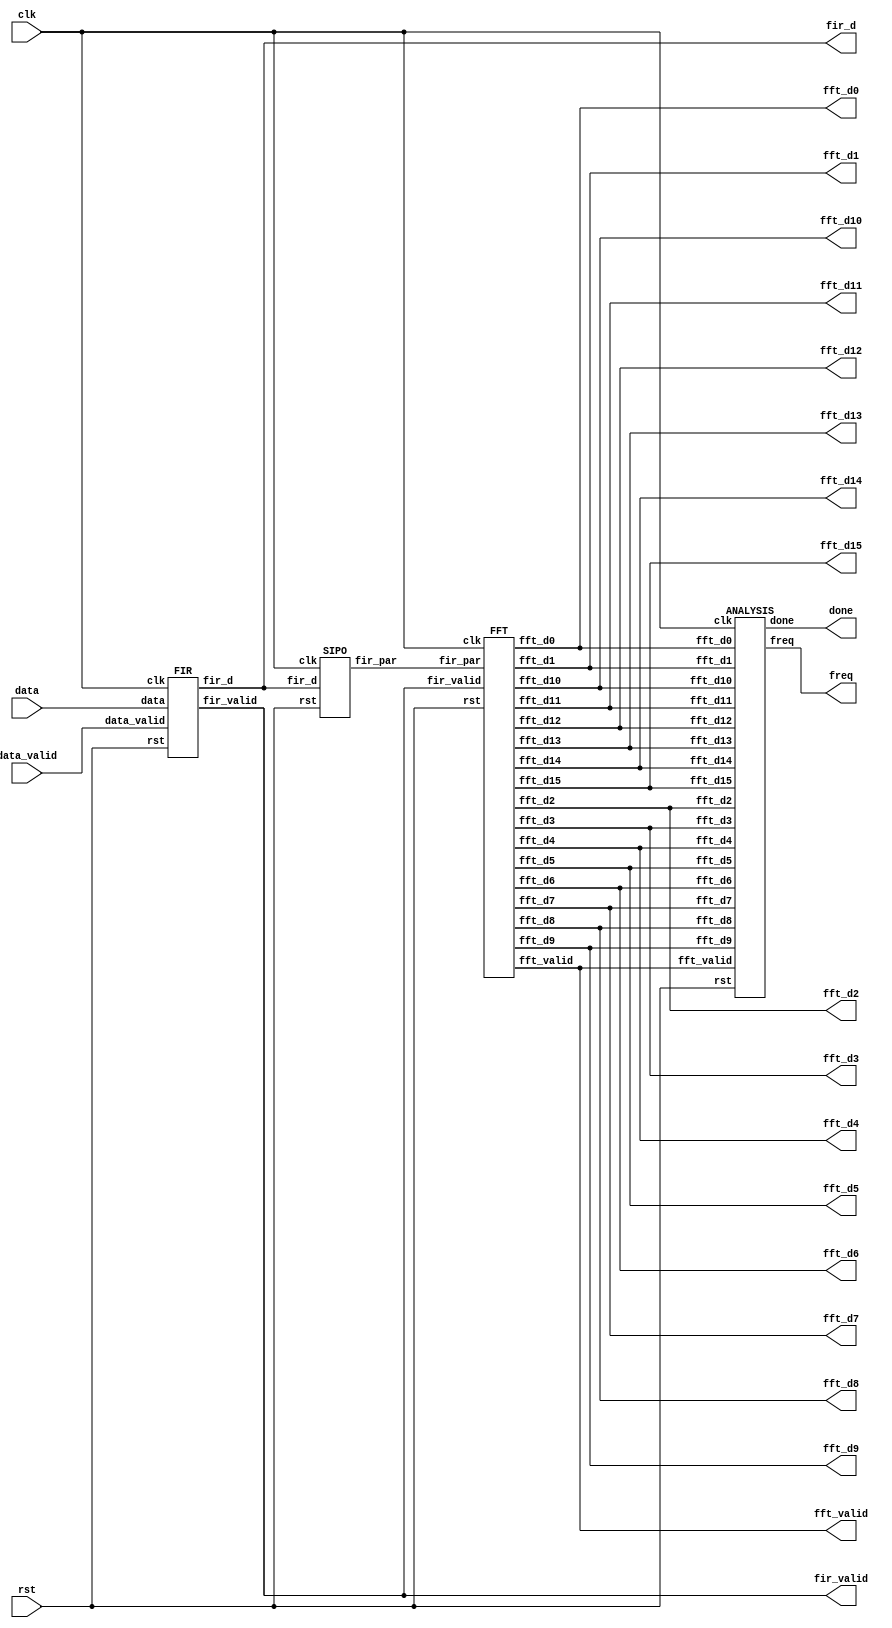
module  FAS (data_valid, data, clk, rst, fir_d, fir_valid, fft_valid, done, freq,
 fft_d1, fft_d2, fft_d3, fft_d4, fft_d5, fft_d6, fft_d7, fft_d8,
 fft_d9, fft_d10, fft_d11, fft_d12, fft_d13, fft_d14, fft_d15, fft_d0);
    input clk, rst;
    input data_valid;
    input signed [15:0]data; 

    output fir_valid, fft_valid;
    output signed [15:0]fir_d;
    output signed [31:0]fft_d1, fft_d2, fft_d3, fft_d4, fft_d5, fft_d6, fft_d7, fft_d8;
    output signed [31:0]fft_d9, fft_d10, fft_d11, fft_d12, fft_d13, fft_d14, fft_d15, fft_d0;
    output done;
    output [3:0] freq;

    wire    [255:0] fir_par;

    FIR fir(.clk(clk), .rst(rst), .data(data), .data_valid(data_valid),
            .fir_d(fir_d), .fir_valid(fir_valid));

    SIPO sipo(.clk(clk), .rst(rst), .fir_d(fir_d), .fir_par(fir_par));


    FFT fft(.clk(clk), .rst(rst), .fir_valid(fir_valid), .fir_par(fir_par), .fft_valid(fft_valid), .fft_d1(fft_d1), .fft_d2(fft_d2), .fft_d3(fft_d3), .fft_d4(fft_d4), .fft_d5(fft_d5), .fft_d6(fft_d6), .fft_d7(fft_d7), .fft_d8(fft_d8),
            .fft_d9(fft_d9), .fft_d10(fft_d10), .fft_d11(fft_d11), .fft_d12(fft_d12), .fft_d13(fft_d13), .fft_d14(fft_d14), .fft_d15(fft_d15), .fft_d0(fft_d0));

    ANALYSIS analysis(.clk(clk), .rst(rst), .fft_valid(fft_valid), .fft_d1(fft_d1), .fft_d2(fft_d2), .fft_d3(fft_d3), .fft_d4(fft_d4), .fft_d5(fft_d5), .fft_d6(fft_d6), .fft_d7(fft_d7), .fft_d8(fft_d8),
            .fft_d9(fft_d9), .fft_d10(fft_d10), .fft_d11(fft_d11), .fft_d12(fft_d12), .fft_d13(fft_d13), .fft_d14(fft_d14), .fft_d15(fft_d15), .fft_d0(fft_d0), 
            .done(done), .freq(freq));

endmodule

module ANALYSIS(clk, rst, fft_valid, fft_d1, fft_d2, fft_d3, fft_d4, fft_d5, fft_d6, fft_d7, fft_d8,
            fft_d9, fft_d10, fft_d11, fft_d12, fft_d13, fft_d14, fft_d15, fft_d0, done, freq);
    input                   clk, rst, fft_valid;
    input   signed  [31:0]  fft_d1, fft_d2, fft_d3, fft_d4, fft_d5, fft_d6, fft_d7, fft_d8;
    input   signed  [31:0]  fft_d9, fft_d10, fft_d11, fft_d12, fft_d13, fft_d14, fft_d15, fft_d0;

    output  reg             done;
    output  reg     [3:0]   freq;

    wire            [32:0]  comp_1st[0:7];
    wire            [33:0]  comp_2nd[0:3];
    wire            [34:0]  comp_3rd[0:1];
    wire            [3:0]   freq_nxt;

    reg     signed  [31:0]  fft_d[0:15];
    reg             [31:0]  fft_sqr_real_nxt[0:15];
    reg             [31:0]  fft_sqr_real[0:15];
    reg             [31:0]  fft_sqr_imag_nxt[0:15];
    reg             [31:0]  fft_sqr_imag[0:15];
    reg             [31:0]  fft_add[0:15];
    reg                     valid_1;

    integer                 i;

    assign comp_1st[0] = (fft_add[0 ]>=fft_add[1 ])? {fft_add[0 ],1'b0} : {fft_add[1 ],1'b1};   // compare 0  >= 1 
    assign comp_1st[1] = (fft_add[2 ]>=fft_add[3 ])? {fft_add[2 ],1'b0} : {fft_add[3 ],1'b1};   // compare 2  >= 3 
    assign comp_1st[2] = (fft_add[4 ]>=fft_add[5 ])? {fft_add[4 ],1'b0} : {fft_add[5 ],1'b1};   // compare 4  >= 5 
    assign comp_1st[3] = (fft_add[6 ]>=fft_add[7 ])? {fft_add[6 ],1'b0} : {fft_add[7 ],1'b1};   // compare 6  >= 7 
    assign comp_1st[4] = (fft_add[8 ]>=fft_add[9 ])? {fft_add[8 ],1'b0} : {fft_add[9 ],1'b1};   // compare 8  >= 9 
    assign comp_1st[5] = (fft_add[10]>=fft_add[11])? {fft_add[10],1'b0} : {fft_add[11],1'b1};   // compare 10 >= 11
    assign comp_1st[6] = (fft_add[12]>=fft_add[13])? {fft_add[12],1'b0} : {fft_add[13],1'b1};   // compare 12 >= 13
    assign comp_1st[7] = (fft_add[14]>=fft_add[15])? {fft_add[14],1'b0} : {fft_add[15],1'b1};   // compare 14 >= 15

    assign comp_2nd[0] = (comp_1st[0]>=comp_1st[1])? {comp_1st[0],1'b0} : {comp_1st[1],1'b1};     // compare 0 ,1  >= 2 ,3
    assign comp_2nd[1] = (comp_1st[2]>=comp_1st[3])? {comp_1st[2],1'b0} : {comp_1st[3],1'b1};     // compare 4 ,5  >= 6 ,7
    assign comp_2nd[2] = (comp_1st[4]>=comp_1st[5])? {comp_1st[4],1'b0} : {comp_1st[5],1'b1};     // compare 8 ,9  >= 10,11
    assign comp_2nd[3] = (comp_1st[6]>=comp_1st[7])? {comp_1st[6],1'b0} : {comp_1st[7],1'b1};     // compare 12,13 >= 14,15

    assign comp_3rd[0] = (comp_2nd[0]>=comp_2nd[1])? {comp_2nd[0],1'b0} : {comp_2nd[1],1'b1};   //compare 0,1,2,3 >= 4,5,6,7
    assign comp_3rd[1] = (comp_2nd[2]>=comp_2nd[3])? {comp_2nd[2],1'b0} : {comp_2nd[3],1'b1};   //compare 8,9,10,11 >= 12,13,14,15

    assign freq_nxt = (comp_3rd[0]>=comp_3rd[1])? {1'b0,comp_3rd[0][0],comp_3rd[0][1],comp_3rd[0][2]} 
                                                            : {1'b1,comp_3rd[1][0],comp_3rd[1][1],comp_3rd[1][2]};

    always @(*) begin
        fft_d[0 ] = fft_d0 ;
        fft_d[1 ] = fft_d1 ;
        fft_d[2 ] = fft_d2 ;
        fft_d[3 ] = fft_d3 ;
        fft_d[4 ] = fft_d4 ;
        fft_d[5 ] = fft_d5 ;
        fft_d[6 ] = fft_d6 ;
        fft_d[7 ] = fft_d7 ;
        fft_d[8 ] = fft_d8 ;
        fft_d[9 ] = fft_d9 ;
        fft_d[10] = fft_d10;
        fft_d[11] = fft_d11;
        fft_d[12] = fft_d12;
        fft_d[13] = fft_d13;
        fft_d[14] = fft_d14;
        fft_d[15] = fft_d15;
    end

    always @(*) begin
        for (i=0; i<16; i=i+1) begin
            fft_sqr_real_nxt[i] = {{16{fft_d[i][31]}},fft_d[i][31:16]}*{{16{fft_d[i][31]}},fft_d[i][31:16]};
            fft_sqr_imag_nxt[i] = {{16{fft_d[i][15]}},fft_d[i][15:0 ]}*{{16{fft_d[i][15]}},fft_d[i][15:0 ]};
            fft_add[i] = fft_sqr_real[i] + fft_sqr_imag[i];
        end
    end

    always @(posedge clk or posedge rst) begin
        if (rst) begin
            done <= 0;
            freq <= 0;
            valid_1 <=0;
            for (i=0; i<16; i=i+1) begin
                fft_sqr_real[i] <= 0;
                fft_sqr_imag[i] <= 0;
            end
        end
        else begin
            done <= valid_1;
            freq <= freq_nxt;
            valid_1 <= fft_valid;
            for (i=0; i<16; i=i+1) begin
                fft_sqr_real[i] <= fft_sqr_real_nxt[i][31:0];
                fft_sqr_imag[i] <= fft_sqr_imag_nxt[i][31:0];
            end
        end
    end
endmodule

module FFT(clk, rst, fir_valid, fir_par, fft_valid, fft_d1, fft_d2, fft_d3, fft_d4, fft_d5, fft_d6, fft_d7, fft_d8,
            fft_d9, fft_d10, fft_d11, fft_d12, fft_d13, fft_d14, fft_d15, fft_d0);
    input                   clk, rst, fir_valid;
    input           [255:0] fir_par;

    output  reg                 fft_valid;
    output  reg signed  [31:0]  fft_d1, fft_d2, fft_d3, fft_d4, fft_d5, fft_d6, fft_d7, fft_d8;
    output  reg signed  [31:0]  fft_d9, fft_d10, fft_d11, fft_d12, fft_d13, fft_d14, fft_d15, fft_d0;
    
    wire    signed  [15:0]  y[0:15];
    wire    signed  [47:0]  fft_1_real_nxt[0:15];
    wire    signed  [47:0]  fft_1_imag_nxt[8:15];
    wire    signed  [63:0]  fft_2_real_nxt[0:15];
    wire    signed  [63:0]  fft_2_imag_nxt[4:15];
    wire    signed  [63:0]  fft_3_real_nxt[0:15];
    wire    signed  [63:0]  fft_3_imag_nxt[2:15];
    wire    signed  [63:0]  fft_4_real_nxt[0:15];
    wire    signed  [63:0]  fft_4_imag_nxt[1:15];

    reg             [3:0]   counter_nxt;
    reg             [3:0]   counter;
    reg                     valid_1, valid_2, valid_3, valid_4;
    reg     signed  [31:0]  fft_1_real[0:15];
    reg     signed  [31:0]  fft_1_imag[8:15];
    reg     signed  [31:0]  fft_2_real[0:15];
    reg     signed  [31:0]  fft_2_imag[4:15];
    reg     signed  [31:0]  fft_3_real[0:15];
    reg     signed  [31:0]  fft_3_imag[2:15];

    integer                 i;

    parameter signed [31:0] W0_R = 32'h00010000;      //The real part of the reference table about COS(x)+i*SIN(x) value , 0: 001
    parameter signed [31:0] W1_R = 32'h0000EC83;      //The real part of the reference table about COS(x)+i*SIN(x) value , 1: 9.238739e-001
    parameter signed [31:0] W2_R = 32'h0000B504;      //The real part of the reference table about COS(x)+i*SIN(x) value , 2: 7.070923e-001
    parameter signed [31:0] W3_R = 32'h000061F7;      //The real part of the reference table about COS(x)+i*SIN(x) value , 3: 3.826752e-001
    parameter signed [31:0] W4_R = 32'h00000000;      //The real part of the reference table about COS(x)+i*SIN(x) value , 4: 000
    parameter signed [31:0] W5_R = 32'hFFFF9E09;      //The real part of the reference table about COS(x)+i*SIN(x) value , 5: -3.826752e-001
    parameter signed [31:0] W6_R = 32'hFFFF4AFC;      //The real part of the reference table about COS(x)+i*SIN(x) value , 6: -7.070923e-001
    parameter signed [31:0] W7_R = 32'hFFFF137D;      //The real part of the reference table about COS(x)+i*SIN(x) value , 7: -9.238739e-001

    parameter signed [31:0] W0_I = 32'h00000000;      //The imag part of the reference table about COS(x)+i*SIN(x) value , 0: 000
    parameter signed [31:0] W1_I = 32'hFFFF9E09;      //The imag part of the reference table about COS(x)+i*SIN(x) value , 1: -3.826752e-001
    parameter signed [31:0] W2_I = 32'hFFFF4AFC;      //The imag part of the reference table about COS(x)+i*SIN(x) value , 2: -7.070923e-001
    parameter signed [31:0] W3_I = 32'hFFFF137D;      //The imag part of the reference table about COS(x)+i*SIN(x) value , 3: -9.238739e-001
    parameter signed [31:0] W4_I = 32'hFFFF0000;      //The imag part of the reference table about COS(x)+i*SIN(x) value , 4: -01
    parameter signed [31:0] W5_I = 32'hFFFF137D;      //The imag part of the reference table about COS(x)+i*SIN(x) value , 5: -9.238739e-001
    parameter signed [31:0] W6_I = 32'hFFFF4AFC;      //The imag part of the reference table about COS(x)+i*SIN(x) value , 6: -7.070923e-001
    parameter signed [31:0] W7_I = 32'hFFFF9E09;      //The imag part of the reference table about COS(x)+i*SIN(x) value , 7: -3.826752e-001

    assign y[0 ] = fir_par[15 :0  ];
    assign y[1 ] = fir_par[31 :16 ];
    assign y[2 ] = fir_par[47 :32 ];
    assign y[3 ] = fir_par[63 :48 ];
    assign y[4 ] = fir_par[79 :64 ];
    assign y[5 ] = fir_par[95 :80 ];
    assign y[6 ] = fir_par[111:96 ];
    assign y[7 ] = fir_par[127:112];
    assign y[8 ] = fir_par[143:128];
    assign y[9 ] = fir_par[159:144];
    assign y[10] = fir_par[175:160];
    assign y[11] = fir_par[191:176];
    assign y[12] = fir_par[207:192];
    assign y[13] = fir_par[223:208];
    assign y[14] = fir_par[239:224];
    assign y[15] = fir_par[255:240];

    // stage 1
    assign fft_1_real_nxt[0 ] = y[0 ]+y[8 ];
    assign fft_1_real_nxt[1 ] = y[1 ]+y[9 ];
    assign fft_1_real_nxt[2 ] = y[2 ]+y[10];
    assign fft_1_real_nxt[3 ] = y[3 ]+y[11];
    assign fft_1_real_nxt[4 ] = y[4 ]+y[12];
    assign fft_1_real_nxt[5 ] = y[5 ]+y[13];
    assign fft_1_real_nxt[6 ] = y[6 ]+y[14];
    assign fft_1_real_nxt[7 ] = y[7 ]+y[15];    

    assign fft_1_real_nxt[8 ] = (y[0 ]-y[8 ])*W0_R;
    assign fft_1_real_nxt[9 ] = (y[1 ]-y[9 ])*W1_R;
    assign fft_1_real_nxt[10] = (y[2 ]-y[10])*W2_R;
    assign fft_1_real_nxt[11] = (y[3 ]-y[11])*W3_R;
    assign fft_1_real_nxt[12] = (y[4 ]-y[12])*W4_R;
    assign fft_1_real_nxt[13] = (y[5 ]-y[13])*W5_R;
    assign fft_1_real_nxt[14] = (y[6 ]-y[14])*W6_R;
    assign fft_1_real_nxt[15] = (y[7 ]-y[15])*W7_R;
    assign fft_1_imag_nxt[8 ] = (y[0 ]-y[8 ])*W0_I;
    assign fft_1_imag_nxt[9 ] = (y[1 ]-y[9 ])*W1_I;
    assign fft_1_imag_nxt[10] = (y[2 ]-y[10])*W2_I;
    assign fft_1_imag_nxt[11] = (y[3 ]-y[11])*W3_I;
    assign fft_1_imag_nxt[12] = (y[4 ]-y[12])*W4_I;
    assign fft_1_imag_nxt[13] = (y[5 ]-y[13])*W5_I;
    assign fft_1_imag_nxt[14] = (y[6 ]-y[14])*W6_I;
    assign fft_1_imag_nxt[15] = (y[7 ]-y[15])*W7_I;

    // stage 2
    assign fft_2_real_nxt[0 ] = fft_1_real[0 ]+fft_1_real[4 ];
    assign fft_2_real_nxt[1 ] = fft_1_real[1 ]+fft_1_real[5 ];
    assign fft_2_real_nxt[2 ] = fft_1_real[2 ]+fft_1_real[6 ];
    assign fft_2_real_nxt[3 ] = fft_1_real[3 ]+fft_1_real[7 ];

    assign fft_2_real_nxt[4 ] = (fft_1_real[0 ]-fft_1_real[4 ])*W0_R;
    assign fft_2_real_nxt[5 ] = (fft_1_real[1 ]-fft_1_real[5 ])*W2_R;
    assign fft_2_real_nxt[6 ] = (fft_1_real[2 ]-fft_1_real[6 ])*W4_R;
    assign fft_2_real_nxt[7 ] = (fft_1_real[3 ]-fft_1_real[7 ])*W6_R;
    assign fft_2_imag_nxt[4 ] = (fft_1_real[0 ]-fft_1_real[4 ])*W0_I;
    assign fft_2_imag_nxt[5 ] = (fft_1_real[1 ]-fft_1_real[5 ])*W2_I;
    assign fft_2_imag_nxt[6 ] = (fft_1_real[2 ]-fft_1_real[6 ])*W4_I;
    assign fft_2_imag_nxt[7 ] = (fft_1_real[3 ]-fft_1_real[7 ])*W6_I;

    assign fft_2_real_nxt[8 ] = (fft_1_real[8 ]+fft_1_real[12]);
    assign fft_2_real_nxt[9 ] = (fft_1_real[9 ]+fft_1_real[13]);
    assign fft_2_real_nxt[10] = (fft_1_real[10]+fft_1_real[14]);
    assign fft_2_real_nxt[11] = (fft_1_real[11]+fft_1_real[15]);
    assign fft_2_imag_nxt[8 ] = (fft_1_imag[8 ]+fft_1_imag[12]);
    assign fft_2_imag_nxt[9 ] = (fft_1_imag[9 ]+fft_1_imag[13]);
    assign fft_2_imag_nxt[10] = (fft_1_imag[10]+fft_1_imag[14]);
    assign fft_2_imag_nxt[11] = (fft_1_imag[11]+fft_1_imag[15]);

    assign fft_2_real_nxt[12] = (fft_1_real[8 ]-fft_1_real[12])*W0_R+(fft_1_imag[12]-fft_1_imag[8 ])*W0_I;
    assign fft_2_real_nxt[13] = (fft_1_real[9 ]-fft_1_real[13])*W2_R+(fft_1_imag[13]-fft_1_imag[9 ])*W2_I;
    assign fft_2_real_nxt[14] = (fft_1_real[10]-fft_1_real[14])*W4_R+(fft_1_imag[14]-fft_1_imag[10])*W4_I;
    assign fft_2_real_nxt[15] = (fft_1_real[11]-fft_1_real[15])*W6_R+(fft_1_imag[15]-fft_1_imag[11])*W6_I;
    assign fft_2_imag_nxt[12] = (fft_1_real[8 ]-fft_1_real[12])*W0_I+(fft_1_imag[8 ]-fft_1_imag[12])*W0_R;
    assign fft_2_imag_nxt[13] = (fft_1_real[9 ]-fft_1_real[13])*W2_I+(fft_1_imag[9 ]-fft_1_imag[13])*W2_R;
    assign fft_2_imag_nxt[14] = (fft_1_real[10]-fft_1_real[14])*W4_I+(fft_1_imag[10]-fft_1_imag[14])*W4_R;
    assign fft_2_imag_nxt[15] = (fft_1_real[11]-fft_1_real[15])*W6_I+(fft_1_imag[11]-fft_1_imag[15])*W6_R;

    // stage 3
    assign fft_3_real_nxt[0 ] = fft_2_real[0 ]+fft_2_real[2 ];
    assign fft_3_real_nxt[1 ] = fft_2_real[1 ]+fft_2_real[3 ];

    assign fft_3_real_nxt[2 ] = (fft_2_real[0 ]-fft_2_real[2 ])*W0_R;
    assign fft_3_real_nxt[3 ] = (fft_2_real[1 ]-fft_2_real[3 ])*W4_R;
    assign fft_3_imag_nxt[2 ] = (fft_2_real[0 ]-fft_2_real[2 ])*W0_I;
    assign fft_3_imag_nxt[3 ] = (fft_2_real[1 ]-fft_2_real[3 ])*W4_I;

    assign fft_3_real_nxt[4 ] = fft_2_real[4 ]+fft_2_real[6 ];
    assign fft_3_real_nxt[5 ] = fft_2_real[5 ]+fft_2_real[7 ];
    assign fft_3_imag_nxt[4 ] = fft_2_imag[4 ]+fft_2_imag[6 ];
    assign fft_3_imag_nxt[5 ] = fft_2_imag[5 ]+fft_2_imag[7 ];

    assign fft_3_real_nxt[6 ] = (fft_2_real[4 ]-fft_2_real[6 ])*W0_R+(fft_2_imag[6 ]-fft_2_imag[4 ])*W0_I;
    assign fft_3_real_nxt[7 ] = (fft_2_real[5 ]-fft_2_real[7 ])*W4_R+(fft_2_imag[7 ]-fft_2_imag[5 ])*W4_I;
    assign fft_3_imag_nxt[6 ] = (fft_2_real[4 ]-fft_2_real[6 ])*W0_I+(fft_2_imag[4 ]-fft_2_imag[6 ])*W0_R;
    assign fft_3_imag_nxt[7 ] = (fft_2_real[5 ]-fft_2_real[7 ])*W4_I+(fft_2_imag[5 ]-fft_2_imag[7 ])*W4_R;

    assign fft_3_real_nxt[8 ] = fft_2_real[8 ]+fft_2_real[10];
    assign fft_3_real_nxt[9 ] = fft_2_real[9 ]+fft_2_real[11];
    assign fft_3_imag_nxt[8 ] = fft_2_imag[8 ]+fft_2_imag[10];
    assign fft_3_imag_nxt[9 ] = fft_2_imag[9 ]+fft_2_imag[11];

    assign fft_3_real_nxt[10] = (fft_2_real[8 ]-fft_2_real[10])*W0_R+(fft_2_imag[10]-fft_2_imag[8 ])*W0_I;
    assign fft_3_real_nxt[11] = (fft_2_real[9 ]-fft_2_real[11])*W4_R+(fft_2_imag[11]-fft_2_imag[9 ])*W4_I;
    assign fft_3_imag_nxt[10] = (fft_2_real[8 ]-fft_2_real[10])*W0_I+(fft_2_imag[8 ]-fft_2_imag[10])*W0_R;
    assign fft_3_imag_nxt[11] = (fft_2_real[9 ]-fft_2_real[11])*W4_I+(fft_2_imag[9 ]-fft_2_imag[11])*W4_R;

    assign fft_3_real_nxt[12] = fft_2_real[12]+fft_2_real[14];
    assign fft_3_real_nxt[13] = fft_2_real[13]+fft_2_real[15];
    assign fft_3_imag_nxt[12] = fft_2_imag[12]+fft_2_imag[14];
    assign fft_3_imag_nxt[13] = fft_2_imag[13]+fft_2_imag[15];

    assign fft_3_real_nxt[14] = (fft_2_real[12]-fft_2_real[14])*W0_R+(fft_2_imag[14]-fft_2_imag[12])*W0_I;
    assign fft_3_real_nxt[15] = (fft_2_real[13]-fft_2_real[15])*W4_R+(fft_2_imag[15]-fft_2_imag[13])*W4_I;
    assign fft_3_imag_nxt[14] = (fft_2_real[12]-fft_2_real[14])*W0_I+(fft_2_imag[12]-fft_2_imag[14])*W0_R;
    assign fft_3_imag_nxt[15] = (fft_2_real[13]-fft_2_real[15])*W4_I+(fft_2_imag[13]-fft_2_imag[15])*W4_R;

    // stage 4
    assign fft_4_real_nxt[0 ] = fft_3_real[0]+fft_3_real[1];

    assign fft_4_real_nxt[1 ] = (fft_3_real[0 ]-fft_3_real[1 ])*W0_R;
    assign fft_4_imag_nxt[1 ] = (fft_3_real[0 ]-fft_3_real[1 ])*W0_I;

    assign fft_4_real_nxt[2 ] = fft_3_real[2 ]+fft_3_real[3 ];
    assign fft_4_imag_nxt[2 ] = fft_3_imag[2 ]+fft_3_imag[3 ];

    assign fft_4_real_nxt[3 ] = (fft_3_real[2 ]-fft_3_real[3 ])*W0_R+(fft_3_imag[3 ]-fft_3_imag[2 ])*W0_I;
    assign fft_4_imag_nxt[3 ] = (fft_3_real[2 ]-fft_3_real[3 ])*W0_I+(fft_3_imag[2 ]-fft_3_imag[3 ])*W0_R;

    assign fft_4_real_nxt[4 ] = fft_3_real[4 ]+fft_3_real[5 ];
    assign fft_4_imag_nxt[4 ] = fft_3_imag[4 ]+fft_3_imag[5 ];

    assign fft_4_real_nxt[5 ] = (fft_3_real[4 ]-fft_3_real[5 ])*W0_R+(fft_3_imag[5 ]-fft_3_imag[4 ])*W0_I;
    assign fft_4_imag_nxt[5 ] = (fft_3_real[4 ]-fft_3_real[5 ])*W0_I+(fft_3_imag[4 ]-fft_3_imag[5 ])*W0_R;

    assign fft_4_real_nxt[6 ] = fft_3_real[6 ]+fft_3_real[7 ];
    assign fft_4_imag_nxt[6 ] = fft_3_imag[6 ]+fft_3_imag[7 ];

    assign fft_4_real_nxt[7 ] = (fft_3_real[6 ]-fft_3_real[7 ])*W0_R+(fft_3_imag[7 ]-fft_3_imag[6 ])*W0_I;
    assign fft_4_imag_nxt[7 ] = (fft_3_real[6 ]-fft_3_real[7 ])*W0_I+(fft_3_imag[6 ]-fft_3_imag[7 ])*W0_R;

    assign fft_4_real_nxt[8 ] = fft_3_real[8 ]+fft_3_real[9 ];
    assign fft_4_imag_nxt[8 ] = fft_3_imag[8 ]+fft_3_imag[9 ];

    assign fft_4_real_nxt[9 ] = (fft_3_real[8 ]-fft_3_real[9 ])*W0_R+(fft_3_imag[9 ]-fft_3_imag[8 ])*W0_I;
    assign fft_4_imag_nxt[9 ] = (fft_3_real[8 ]-fft_3_real[9 ])*W0_I+(fft_3_imag[8 ]-fft_3_imag[9 ])*W0_R;

    assign fft_4_real_nxt[10] = fft_3_real[10]+fft_3_real[11];
    assign fft_4_imag_nxt[10] = fft_3_imag[10]+fft_3_imag[11];

    assign fft_4_real_nxt[11] = (fft_3_real[10]-fft_3_real[11])*W0_R+(fft_3_imag[11]-fft_3_imag[10])*W0_I;
    assign fft_4_imag_nxt[11] = (fft_3_real[10]-fft_3_real[11])*W0_I+(fft_3_imag[10]-fft_3_imag[11])*W0_R;

    assign fft_4_real_nxt[12] = fft_3_real[12]+fft_3_real[13];
    assign fft_4_imag_nxt[12] = fft_3_imag[12]+fft_3_imag[13];

    assign fft_4_real_nxt[13] = (fft_3_real[12]-fft_3_real[13])*W0_R+(fft_3_imag[13]-fft_3_imag[12])*W0_I;
    assign fft_4_imag_nxt[13] = (fft_3_real[12]-fft_3_real[13])*W0_I+(fft_3_imag[12]-fft_3_imag[13])*W0_R;

    assign fft_4_real_nxt[14] = fft_3_real[14]+fft_3_real[15];
    assign fft_4_imag_nxt[14] = fft_3_imag[14]+fft_3_imag[15];

    assign fft_4_real_nxt[15] = (fft_3_real[14]-fft_3_real[15])*W0_R+(fft_3_imag[15]-fft_3_imag[14])*W0_I;
    assign fft_4_imag_nxt[15] = (fft_3_real[14]-fft_3_real[15])*W0_I+(fft_3_imag[14]-fft_3_imag[15])*W0_R;

    always @(*) begin
        if (!fir_valid) counter_nxt = 0;
        else            counter_nxt = counter+1;
    end

    always @(posedge clk or posedge rst) begin
        if (rst) begin
            for (i=0; i<16; i=i+1) begin
                fft_1_real[i] <= 0;
                fft_2_real[i] <= 0;
                fft_3_real[i] <= 0;
            end
            for (i=8; i<16; i=i+1) begin
                fft_1_imag[i] <= 0;
            end
            for (i=4; i<16; i=i+1) begin
                fft_2_imag[i] <= 0;
            end
            for (i=2; i<16; i=i+1) begin
                fft_3_imag[i] <= 0;
            end
            fft_d0  <= 0;
            fft_d8  <= 0;
            fft_d4  <= 0;
            fft_d12 <= 0;
            fft_d2  <= 0;
            fft_d10 <= 0;
            fft_d6  <= 0;
            fft_d14 <= 0;
            fft_d1  <= 0;
            fft_d9  <= 0;
            fft_d5  <= 0;
            fft_d13 <= 0;
            fft_d3  <= 0;
            fft_d11 <= 0;
            fft_d7  <= 0;
            fft_d15 <= 0;
            counter <= 0;
        end
        else begin
            // stage 1
            for (i=0; i<8; i=i+1) begin
                fft_1_real[i] <= {{8{fft_1_real_nxt[i][15]}},fft_1_real_nxt[i][15:0],8'h0};
                fft_1_real[i+8] <= fft_1_real_nxt[i+8][39:8 ]+fft_1_real_nxt[i+8][39];
                fft_1_imag[i+8] <= fft_1_imag_nxt[i+8][39:8 ]+fft_1_imag_nxt[i+8][39];
            end
            // stage 2
            for (i=0; i<4; i=i+1) begin
                fft_2_real[i] <= fft_2_real_nxt[i][31:0];
                fft_2_real[i+4] <= fft_2_real_nxt[i+4][47:16]+fft_2_real_nxt[i+4][47];
                fft_2_imag[i+4] <= fft_2_imag_nxt[i+4][47:16]+fft_2_imag_nxt[i+4][47];
                fft_2_real[i+8] <= fft_2_real_nxt[i+8][31:0];
                fft_2_imag[i+8] <= fft_2_imag_nxt[i+8][31:0];
                fft_2_real[i+12] <= fft_2_real_nxt[i+12][47:16]+fft_2_real_nxt[i+12][47];
                fft_2_imag[i+12] <= fft_2_imag_nxt[i+12][47:16]+fft_2_imag_nxt[i+12][47];
            end
            // stage 3
            fft_3_real[0] <= fft_3_real_nxt[0][31:0];
            fft_3_real[1] <= fft_3_real_nxt[1][31:0];
            for (i=2; i<4; i=i+1) begin
                fft_3_real[i] <= fft_3_real_nxt[i][47:16]+fft_3_real_nxt[i][47];
                fft_3_imag[i] <= fft_3_imag_nxt[i][47:16]+fft_3_imag_nxt[i][47];
            end
            for (i=1; i<4; i=i+1) begin
                fft_3_real[4*i] <= fft_3_real_nxt[4*i][31:0];
                fft_3_imag[4*i] <= fft_3_imag_nxt[4*i][31:0];
                fft_3_real[4*i+1] <= fft_3_real_nxt[4*i+1][31:0];
                fft_3_imag[4*i+1] <= fft_3_imag_nxt[4*i+1][31:0];
                fft_3_real[4*i+2] <= fft_3_real_nxt[4*i+2][47:16]+fft_3_real_nxt[4*i+2][47];
                fft_3_imag[4*i+2] <= fft_3_imag_nxt[4*i+2][47:16]+fft_3_imag_nxt[4*i+2][47];
                fft_3_real[4*i+3] <= fft_3_real_nxt[4*i+3][47:16]+fft_3_real_nxt[4*i+3][47];
                fft_3_imag[4*i+3] <= fft_3_imag_nxt[4*i+3][47:16]+fft_3_imag_nxt[4*i+3][47];
            end
            // stage 4
            fft_d0  <= {fft_4_real_nxt[0][23:8],16'h0};
            fft_d8  <= {fft_4_real_nxt[1 ][39:24]+fft_4_real_nxt[1 ][39],fft_4_imag_nxt[1 ][39:24]+fft_4_imag_nxt[1 ][39]};
            fft_d4  <= {fft_4_real_nxt[2 ][23:8 ],fft_4_imag_nxt[2 ][23:8 ]};
            fft_d12 <= {fft_4_real_nxt[3 ][39:24]+fft_4_real_nxt[3 ][39],fft_4_imag_nxt[3 ][39:24]+fft_4_imag_nxt[3 ][39]};
            fft_d2  <= {fft_4_real_nxt[4 ][23:8 ],fft_4_imag_nxt[4 ][23:8 ]};
            fft_d10 <= {fft_4_real_nxt[5 ][39:24]+fft_4_real_nxt[5 ][39],fft_4_imag_nxt[5 ][39:24]+fft_4_imag_nxt[5 ][39]};
            fft_d6  <= {fft_4_real_nxt[6 ][23:8 ],fft_4_imag_nxt[6 ][23:8 ]};
            fft_d14 <= {fft_4_real_nxt[7 ][39:24]+fft_4_real_nxt[7 ][39],fft_4_imag_nxt[7 ][39:24]+fft_4_imag_nxt[7 ][39]};
            fft_d1  <= {fft_4_real_nxt[8 ][23:8 ],fft_4_imag_nxt[8 ][23:8 ]};
            fft_d9  <= {fft_4_real_nxt[9 ][39:24]+fft_4_real_nxt[9 ][39],fft_4_imag_nxt[9 ][39:24]+fft_4_imag_nxt[9 ][39]};
            fft_d5  <= {fft_4_real_nxt[10][23:8 ],fft_4_imag_nxt[10][23:8 ]};
            fft_d13 <= {fft_4_real_nxt[11][39:24]+fft_4_real_nxt[11][39],fft_4_imag_nxt[11][39:24]+fft_4_imag_nxt[11][39]};
            fft_d3  <= {fft_4_real_nxt[12][23:8 ],fft_4_imag_nxt[12][23:8 ]};
            fft_d11 <= {fft_4_real_nxt[13][39:24]+fft_4_real_nxt[13][39],fft_4_imag_nxt[13][39:24]+fft_4_imag_nxt[13][39]};
            fft_d7  <= {fft_4_real_nxt[14][23:8 ],fft_4_imag_nxt[14][23:8 ]};
            fft_d15 <= {fft_4_real_nxt[15][39:24]+fft_4_real_nxt[15][39],fft_4_imag_nxt[15][39:24]+fft_4_imag_nxt[15][39]};
        
            counter <= counter_nxt;
            if (counter == 15)  valid_1 <= 1;
            else                valid_1 <= 0;
            if (valid_1)        valid_2 <= 1;
            else                valid_2 <= 0;
            if (valid_2)        valid_3 <= 1;
            else                valid_3 <= 0;
            if (valid_3)        valid_4 <= 1;
            else                valid_4 <= 0;
            if (valid_4)        fft_valid <= 1;
            else                fft_valid <= 0;
        end
    end

endmodule



module SIPO(clk, rst, fir_d, fir_par);
    input                   clk, rst;
    input   signed  [15:0]  fir_d;

    output  reg     [255:0] fir_par;

    wire            [255:0] fir_par_nxt;

    assign fir_par_nxt = {fir_d, fir_par[255:16]};

    always @(posedge clk or posedge rst) begin
        if (rst) fir_par <= 0;
        else fir_par <= fir_par_nxt;
    end
endmodule

module FIR(clk, rst, data, data_valid, fir_d, fir_valid);
    input                   clk, rst, data_valid;
    input   signed  [15:0]  data;

    output  reg             fir_valid;
    output  signed  [15:0]  fir_d;

    wire    [35:0]  fir_mul_nxt[0:31];
    wire    [35:0]  fir_add_nxt[0:31];
    reg     [35:0]  fir_mul[0:31];
    reg     [35:0]  fir_add[0:31];
    reg     [4:0]   counter, counter_nxt;
    reg             valid_1;

    integer                 i;

    parameter signed [19:0] FIR_C00 = 20'hFFF9E ;     //The FIR_coefficient value 0: -1.495361e-003
    parameter signed [19:0] FIR_C01 = 20'hFFF86 ;     //The FIR_coefficient value 1: -1.861572e-003
    parameter signed [19:0] FIR_C02 = 20'hFFFA7 ;     //The FIR_coefficient value 2: -1.358032e-003
    parameter signed [19:0] FIR_C03 = 20'h0003B ;    //The FIR_coefficient value 3: 9.002686e-004
    parameter signed [19:0] FIR_C04 = 20'h0014B ;    //The FIR_coefficient value 4: 5.050659e-003
    parameter signed [19:0] FIR_C05 = 20'h0024A ;    //The FIR_coefficient value 5: 8.941650e-003
    parameter signed [19:0] FIR_C06 = 20'h00222 ;    //The FIR_coefficient value 6: 8.331299e-003
    parameter signed [19:0] FIR_C07 = 20'hFFFE4 ;     //The FIR_coefficient value 7: -4.272461e-004
    parameter signed [19:0] FIR_C08 = 20'hFFBC5 ;     //The FIR_coefficient value 8: -1.652527e-002
    parameter signed [19:0] FIR_C09 = 20'hFF7CA ;     //The FIR_coefficient value 9: -3.207397e-002
    parameter signed [19:0] FIR_C10 = 20'hFF74E ;     //The FIR_coefficient value 10: -3.396606e-002
    parameter signed [19:0] FIR_C11 = 20'hFFD74 ;     //The FIR_coefficient value 11: -9.948730e-003
    parameter signed [19:0] FIR_C12 = 20'h00B1A ;    //The FIR_coefficient value 12: 4.336548e-002
    parameter signed [19:0] FIR_C13 = 20'h01DAC ;    //The FIR_coefficient value 13: 1.159058e-001
    parameter signed [19:0] FIR_C14 = 20'h02F9E ;    //The FIR_coefficient value 14: 1.860046e-001
    parameter signed [19:0] FIR_C15 = 20'h03AA9 ;    //The FIR_coefficient value 15: 2.291412e-001
    parameter signed [19:0] FIR_C16 = 20'h03AA9 ;    //The FIR_coefficient value 16: 2.291412e-001
    parameter signed [19:0] FIR_C17 = 20'h02F9E ;    //The FIR_coefficient value 17: 1.860046e-001
    parameter signed [19:0] FIR_C18 = 20'h01DAC ;    //The FIR_coefficient value 18: 1.159058e-001
    parameter signed [19:0] FIR_C19 = 20'h00B1A ;    //The FIR_coefficient value 19: 4.336548e-002
    parameter signed [19:0] FIR_C20 = 20'hFFD74 ;     //The FIR_coefficient value 20: -9.948730e-003
    parameter signed [19:0] FIR_C21 = 20'hFF74E ;     //The FIR_coefficient value 21: -3.396606e-002
    parameter signed [19:0] FIR_C22 = 20'hFF7CA ;     //The FIR_coefficient value 22: -3.207397e-002
    parameter signed [19:0] FIR_C23 = 20'hFFBC5 ;     //The FIR_coefficient value 23: -1.652527e-002
    parameter signed [19:0] FIR_C24 = 20'hFFFE4 ;     //The FIR_coefficient value 24: -4.272461e-004
    parameter signed [19:0] FIR_C25 = 20'h00222 ;    //The FIR_coefficient value 25: 8.331299e-003
    parameter signed [19:0] FIR_C26 = 20'h0024A ;    //The FIR_coefficient value 26: 8.941650e-003
    parameter signed [19:0] FIR_C27 = 20'h0014B ;    //The FIR_coefficient value 27: 5.050659e-003
    parameter signed [19:0] FIR_C28 = 20'h0003B ;    //The FIR_coefficient value 28: 9.002686e-004
    parameter signed [19:0] FIR_C29 = 20'hFFFA7 ;     //The FIR_coefficient value 29: -1.358032e-003
    parameter signed [19:0] FIR_C30 = 20'hFFF86 ;     //The FIR_coefficient value 30: -1.861572e-003
    parameter signed [19:0] FIR_C31 = 20'hFFF9E ;     //The FIR_coefficient value 31: -1.495361e-003

    assign fir_mul_nxt[0 ]   = data*FIR_C00;
    assign fir_mul_nxt[1 ]   = data*FIR_C01;
    assign fir_mul_nxt[2 ]   = data*FIR_C02;
    assign fir_mul_nxt[3 ]   = data*FIR_C03;
    assign fir_mul_nxt[4 ]   = data*FIR_C04;
    assign fir_mul_nxt[5 ]   = data*FIR_C05;
    assign fir_mul_nxt[6 ]   = data*FIR_C06;
    assign fir_mul_nxt[7 ]   = data*FIR_C07;
    assign fir_mul_nxt[8 ]   = data*FIR_C08;
    assign fir_mul_nxt[9 ]   = data*FIR_C09;
    assign fir_mul_nxt[10]   = data*FIR_C10;
    assign fir_mul_nxt[11]   = data*FIR_C11;
    assign fir_mul_nxt[12]   = data*FIR_C12;
    assign fir_mul_nxt[13]   = data*FIR_C13;
    assign fir_mul_nxt[14]   = data*FIR_C14;
    assign fir_mul_nxt[15]   = data*FIR_C15;
    assign fir_mul_nxt[16]   = data*FIR_C16;
    assign fir_mul_nxt[17]   = data*FIR_C17;
    assign fir_mul_nxt[18]   = data*FIR_C18;
    assign fir_mul_nxt[19]   = data*FIR_C19;
    assign fir_mul_nxt[20]   = data*FIR_C20;
    assign fir_mul_nxt[21]   = data*FIR_C21;
    assign fir_mul_nxt[22]   = data*FIR_C22;
    assign fir_mul_nxt[23]   = data*FIR_C23;
    assign fir_mul_nxt[24]   = data*FIR_C24;
    assign fir_mul_nxt[25]   = data*FIR_C25;
    assign fir_mul_nxt[26]   = data*FIR_C26;
    assign fir_mul_nxt[27]   = data*FIR_C27;
    assign fir_mul_nxt[28]   = data*FIR_C28;
    assign fir_mul_nxt[29]   = data*FIR_C29;
    assign fir_mul_nxt[30]   = data*FIR_C30;
    assign fir_mul_nxt[31]   = data*FIR_C31;

    assign fir_add_nxt[0 ]   = fir_mul[0 ] + fir_add[1 ];
    assign fir_add_nxt[1 ]   = fir_mul[1 ] + fir_add[2 ];
    assign fir_add_nxt[2 ]   = fir_mul[2 ] + fir_add[3 ];
    assign fir_add_nxt[3 ]   = fir_mul[3 ] + fir_add[4 ];
    assign fir_add_nxt[4 ]   = fir_mul[4 ] + fir_add[5 ];
    assign fir_add_nxt[5 ]   = fir_mul[5 ] + fir_add[6 ];
    assign fir_add_nxt[6 ]   = fir_mul[6 ] + fir_add[7 ];
    assign fir_add_nxt[7 ]   = fir_mul[7 ] + fir_add[8 ];
    assign fir_add_nxt[8 ]   = fir_mul[8 ] + fir_add[9 ];
    assign fir_add_nxt[9 ]   = fir_mul[9 ] + fir_add[10];
    assign fir_add_nxt[10]   = fir_mul[10] + fir_add[11];
    assign fir_add_nxt[11]   = fir_mul[11] + fir_add[12];
    assign fir_add_nxt[12]   = fir_mul[12] + fir_add[13];
    assign fir_add_nxt[13]   = fir_mul[13] + fir_add[14];
    assign fir_add_nxt[14]   = fir_mul[14] + fir_add[15];
    assign fir_add_nxt[15]   = fir_mul[15] + fir_add[16];
    assign fir_add_nxt[16]   = fir_mul[16] + fir_add[17];
    assign fir_add_nxt[17]   = fir_mul[17] + fir_add[18];
    assign fir_add_nxt[18]   = fir_mul[18] + fir_add[19];
    assign fir_add_nxt[19]   = fir_mul[19] + fir_add[20];
    assign fir_add_nxt[20]   = fir_mul[20] + fir_add[21];
    assign fir_add_nxt[21]   = fir_mul[21] + fir_add[22];
    assign fir_add_nxt[22]   = fir_mul[22] + fir_add[23];
    assign fir_add_nxt[23]   = fir_mul[23] + fir_add[24];
    assign fir_add_nxt[24]   = fir_mul[24] + fir_add[25];
    assign fir_add_nxt[25]   = fir_mul[25] + fir_add[26];
    assign fir_add_nxt[26]   = fir_mul[26] + fir_add[27];
    assign fir_add_nxt[27]   = fir_mul[27] + fir_add[28];
    assign fir_add_nxt[28]   = fir_mul[28] + fir_add[29];
    assign fir_add_nxt[29]   = fir_mul[29] + fir_add[30];
    assign fir_add_nxt[30]   = fir_mul[30] + fir_add[31];
    assign fir_add_nxt[31]   = fir_mul[31];

    assign fir_d = fir_add_nxt[0][31:16]+fir_add_nxt[0][31];

    always @(*) begin
        if (!valid_1) counter_nxt = 0;
        else begin
            if (counter == 31) counter_nxt = counter;
            else counter_nxt = counter + 1;
            
        end
    end

    always @(posedge clk or posedge rst) begin
        if (rst) begin
            for (i=0; i<32; i=i+1) begin
                fir_mul[i] <= 0;
                fir_add[i] <= 0;
            end
            counter <= 0;
            valid_1 <= 0;
            fir_valid <= 0;
        end
        else begin
            for (i=0; i<32; i=i+1) begin
                fir_mul[i] <= fir_mul_nxt[i];
                fir_add[i] <= fir_add_nxt[i];
            end
            counter <= counter_nxt;
            valid_1 <= data_valid;
            if (counter == 31) fir_valid <= 1;
            else fir_valid <= 0;
        end
    end

endmodule